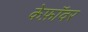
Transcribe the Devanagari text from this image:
केफ़ॉवर